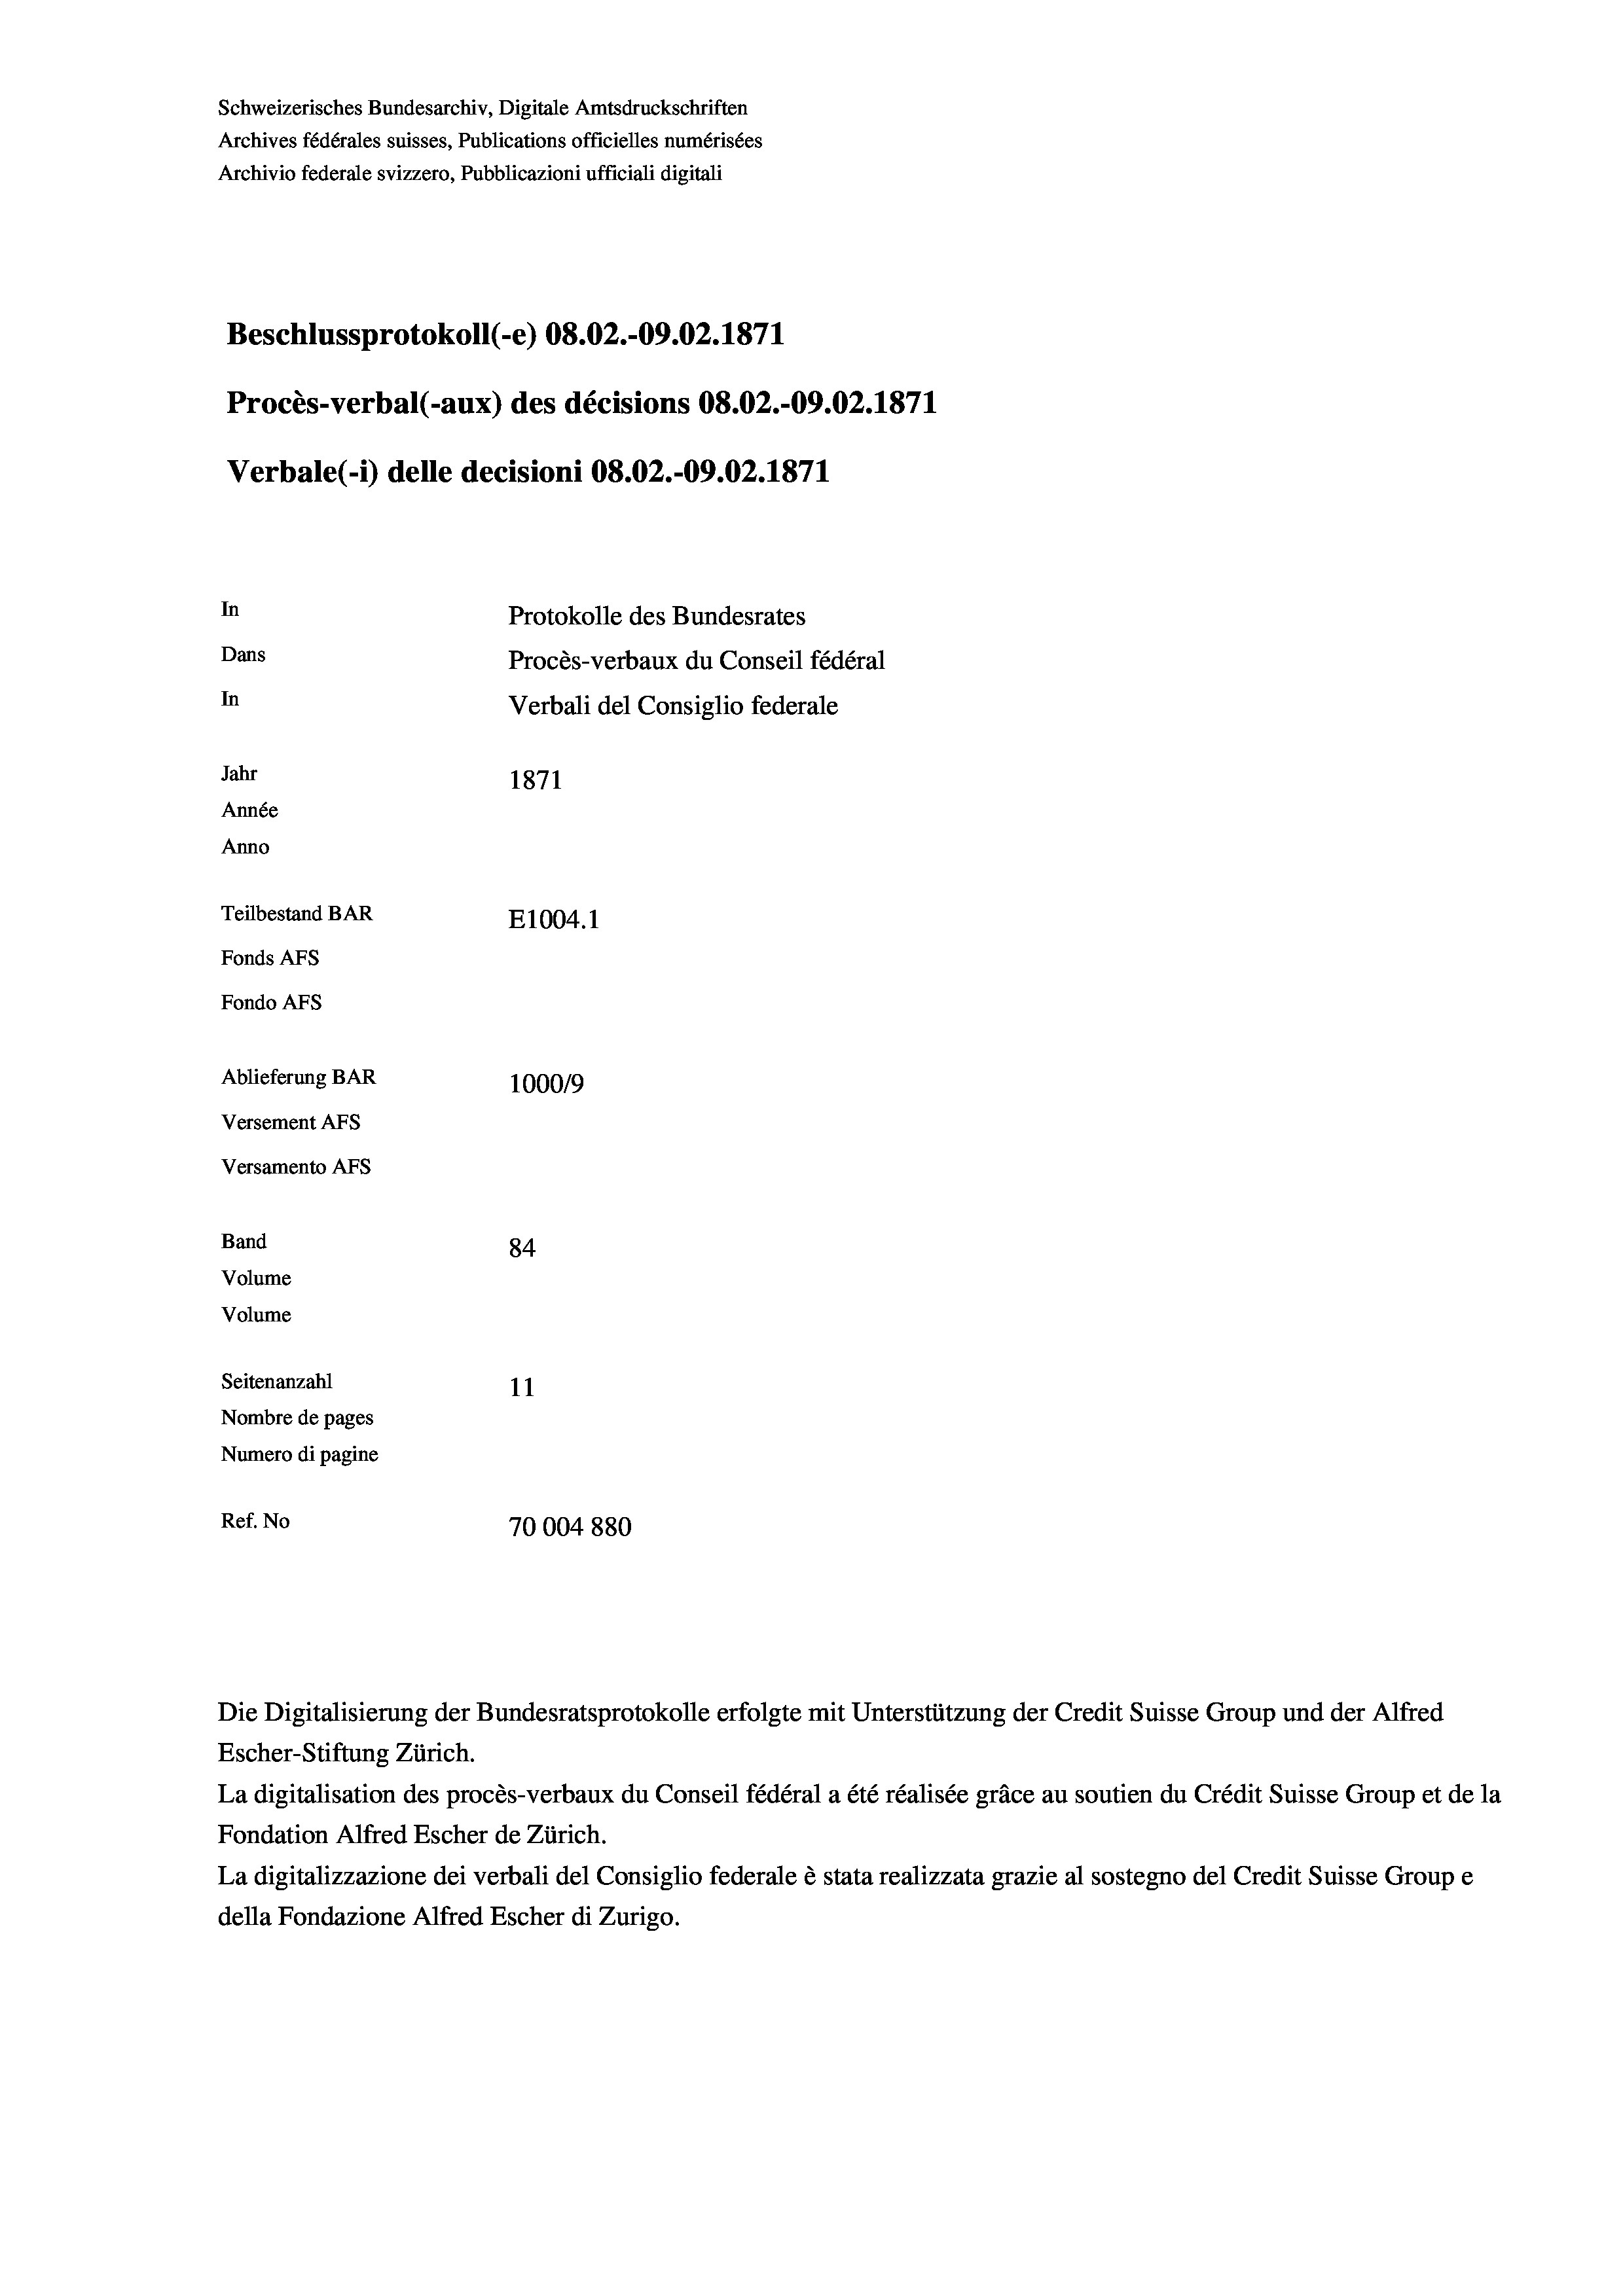
Schweizerisches Bundesarchiv, Digitale Amtsdruckschriften
Archives fédérales suisses, Publications officielles numérisées
Archivio federale svizzero, Pubblicazioni ufficiali digitali
Beschlussprotokoll (-e) 08.02.-09.02. 1871
Procès-verbal (-aux) des décisions 08.02.-09.02. 1871
Verbale(-*) delle decisioni 08.02.-09.02. 1871
In
Protokolle des Bundesrates
Dans
Procès-verbaux du Conseil fédéral
In
Verbali del Consiglio federale
Jahr
1871
Année
Anno
Teilbestand BAR
E1004. 1
Fonds AFs
Fondo Afs
Ablieferung BAR
100019
Versement AFs
Versamento Afs
Band
84
Volume
Volume
Seitenanzahl
11
Nombre de pages
Numero di pagine
Ref. No
70004880

Escher-Stiftung Zürich.
La digitalisation des procès-verbaux du Conseil fédéral a été réalisée gräce au soutien du Crédit Suisse Group et de la
Fondation Alfred Escher de Zürich.
La digitalizzazione dei verbali del Consiglio federale è stata realizzata grazie al sostegno del Credit Suisse Groupe
della Fondazione Alfred Escher di Zurigo.

Die Digitalisierung der Bundesratsprotokolle erfolgte mit Unterstützung der Credit Suisse Group und der Alfred